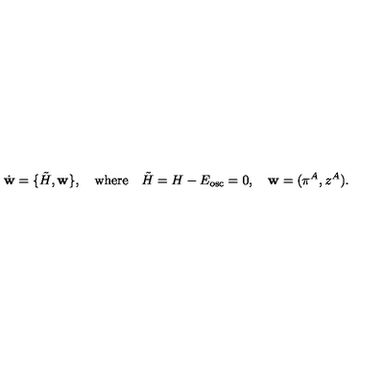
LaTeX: \dot { \bf w } = \{ { \tilde { H } } , { \bf w } \} , \quad \mathrm { w h e r e } \quad { \tilde { H } } = H - E _ { \mathrm { o s c } } = 0 , \quad { \bf w } = ( \pi ^ { A } , z ^ { A } ) .